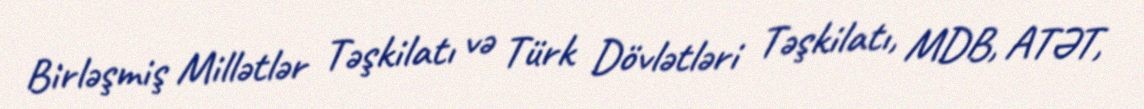
Birləşmiş Millətlər Təşkilatı və Türk Dövlətləri Təşkilatı, MDB, ATƏT,